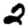
Digit: 2